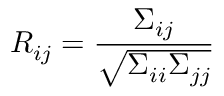
R _ { i j } = \frac { \Sigma _ { i j } } { \sqrt { \Sigma _ { i i } \Sigma _ { j j } } }